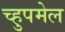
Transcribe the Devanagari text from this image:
च्हुपमेल